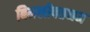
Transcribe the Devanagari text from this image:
बिमलीपत्तनम